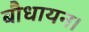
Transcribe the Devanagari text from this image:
बौधायन।